Annual administration and progress report of the Indian Medical Department, Bombay
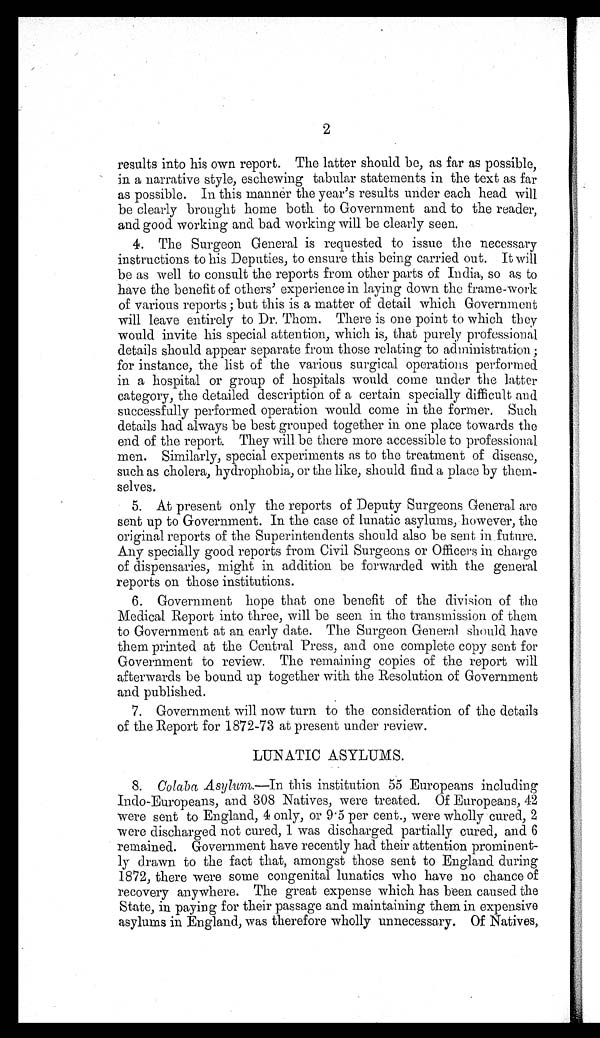
2
results into his own report. The latter should be, as far as possible,
in a narrative style, eschewing tabular statements in the text as far
as possible. In this manner the year's results under each head will
be clearly brought home both to Government and to the reader,
and good working and bad working will be clearly seen.
4. The Surgeon General is requested to issue the necessary
instructions to his Deputies, to ensure this being carried out. It will
be as well to consult the reports from other parts of India, so as to
have the benefit of others' experience in laying down the frame-work
of various reports; but this is a matter of detail which Government
will leave entirely to Dr. Thom. There is one point to which they
would invite his special attention, which is, that purely professional
details should appear separate from those relating to administration;
for instance, the list of the various surgical operations performed
in a hospital or group of hospitals would come under the latter
category, the detailed description of a certain specially difficult and
successfully performed operation would come in the former. Such
details had always be best grouped together in one place towards the
end of the report. They will be there more accessible to professional
men. Similarly, special experiments as to the treatment of disease,
such as cholera, hydrophobia, or the like, should find a place by them
-selves.
5. At present only the reports of Deputy Surgeons General are
sent up to Government. In the case of lunatic asylums, however, the
original reports of the Superintendents should also be sent in future.
Any specially good reports from Civil Surgeons or Officers in charge
of dispensaries, might in addition be forwarded with the general
reports on those institutions
.
6. Government hope that one benefit of the division of the
Medical Report into three, will be seen in the transmission of them
to Government at an early date. The Surgeon General should have
them printed at the Central Press, and one complete copy sent for
Government to review. The remaining copies of the report will
afterwards be bound up together with the Resolution of Government
and published
.
7. Government will now turn to the consideration of the details
of the Report for 1872-73 at present under review.
LUNATIC ASYLUMS.
8. Colaba Asylum.—In this institution 55 Europeans including
Indo-Europeans, and 308 Natives, were treated. Of Europeans, 42
were sent to England, 4 only, or 9·5 per cent., were wholly cured, 2
were discharged not cured, 1 was discharged partially cured, and 6
remained. Government have recently had their attention prominent
-ly drawn to the fact that, amongst those sent to England during
1872, there were some congenital lunatics who have no chance of
recovery anywhere. The great expense which has been caused the
State, in paying for their passage and maintaining them in expensive
asylums in England, was therefore wholly unnecessary. Of Natives,